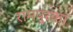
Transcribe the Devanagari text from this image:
रामपुरका